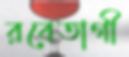
রবেতাগী